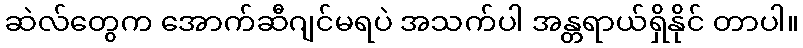
ဆဲလ်တွေက အောက်ဆီဂျင်မရပဲ အသက်ပါ အန္တရာယ်ရှိနိုင် တာပါ။